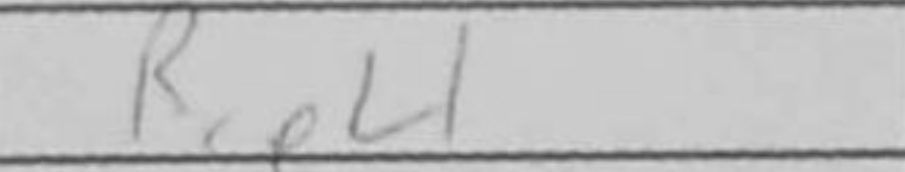
Transcription: Rae8